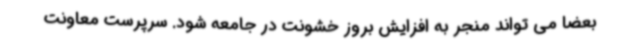
بعضا می تواند منجر به افزایش بروز خشونت در جامعه شود. سرپرست معاونت